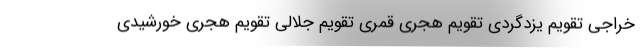
خراجی تقویم یزدگردی تقویم هجری قمری تقویم جلالی تقویم هجری خورشیدی